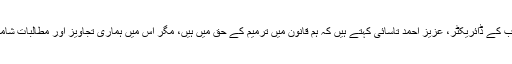
کابل پریس کلب کے ڈائریکٹر، عزیز احمد تاسائی کہتے ہیں کہ ہم قانون میں ترمیم کے حق میں ہیں، مگر اس میں ہماری تجاویز اور مطالبات شامل ہونا چاہیے۔